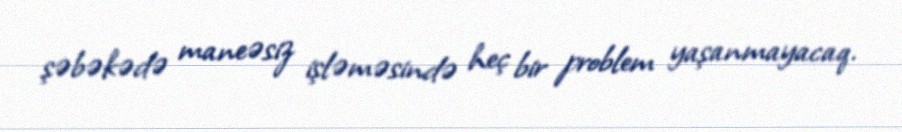
şəbəkədə maneəsiz işləməsində heç bir problem yaşanmayacaq.